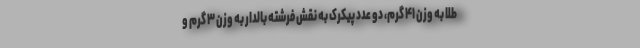
طلا به وزن ۴۱ گرم، دو عدد پیکرک به نقش فرشته بالدار به وزن ۳ گرم و